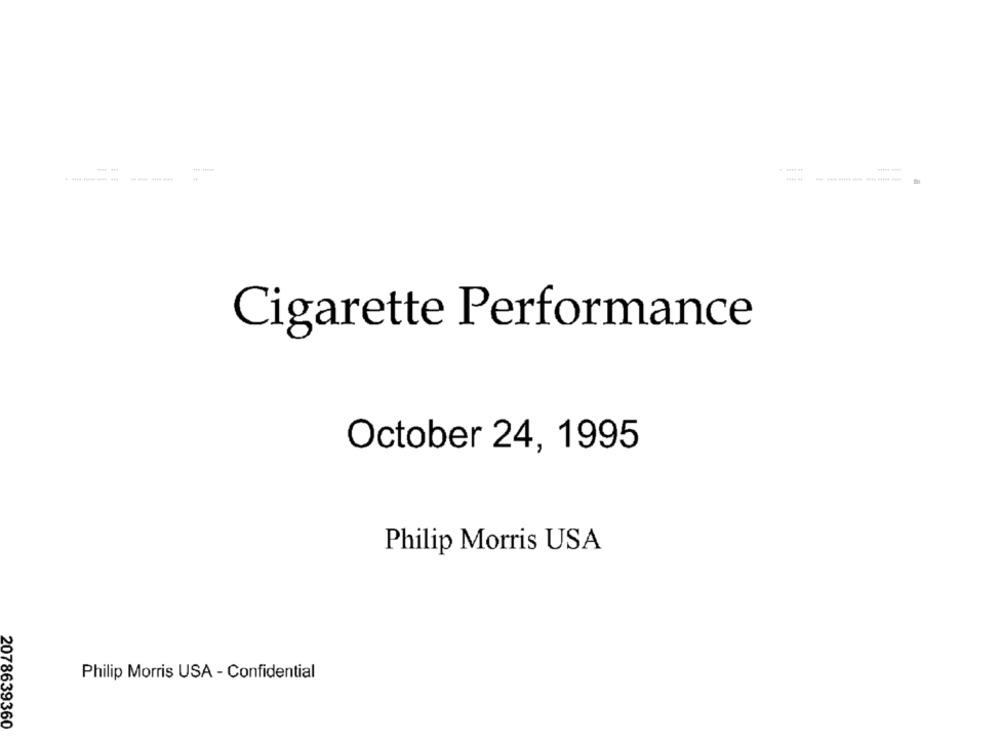
Cigarette Performance
October 24, 1995
Philip Morris USA
Philip Morris USA - Confidential
2078639360